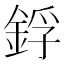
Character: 鋢